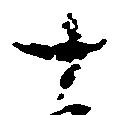
十